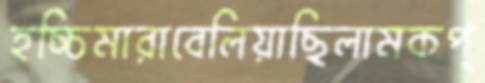
হচ্চিমারাবেলিয়াছিলামকপ্